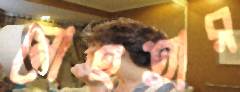
মোহতার